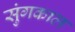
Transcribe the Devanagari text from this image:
सुंगकाल